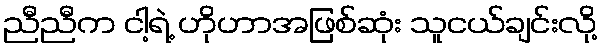
ညီညီက ငါ့ရဲ့ ဟိုဟာအဖြစ်ဆုံး သူငယ်ချင်းလို့